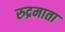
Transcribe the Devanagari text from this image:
रुद्रमाता